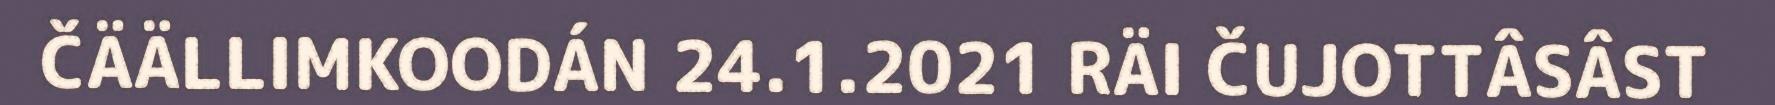
ČÄÄLLIMKOODÁN 24.1.2021 RÄI ČUJOTTÂSÂST